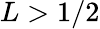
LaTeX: L>1/2